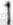
1